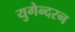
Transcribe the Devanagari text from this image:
युगेन्दरन